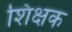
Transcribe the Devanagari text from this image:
शिक्षक